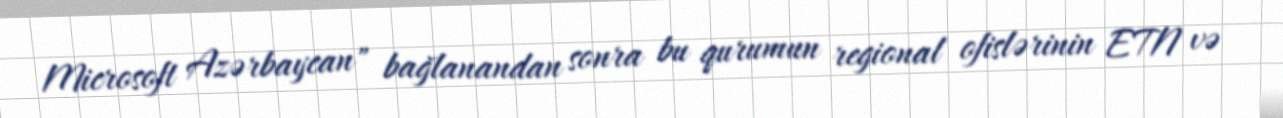
Microsoft Azərbaycan" bağlanandan sonra bu qurumun regional ofislərinin ETN və